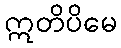
ဣတိပိမေ